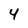
Character: 4